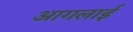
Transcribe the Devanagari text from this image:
आगलाई